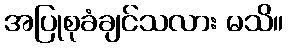
အပြုစုခံချင်သလား မသိ။